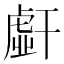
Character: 𰏭